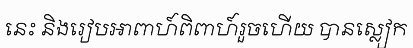
នេះ និងរៀបអាពាហ៍ពិពាហ៍រួចហើយ បានស្លៀក